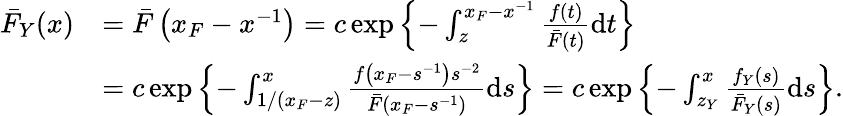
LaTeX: \begin{array}{rl}{\bar{F}_{Y}(x)}&{=\bar{F}\left(x_{F}-x^{-1}\right)=c\exp\left\{ -\int_{z}^{x_{F}-x^{-1}}\frac{f(t)}{\bar{F}(t)}\mathrm{d}t\right\} }\\ &{=c\exp\left\{ -\int_{1/(x_{F}-z)}^{x}\frac{f\left(x_{F}-s^{-1}\right)s^{-2}}{\bar{F}\left(x_{F}-s^{-1}\right)}\mathrm{d}s\right\} =c\exp\left\{ -\int_{z_{Y}}^{x}\frac{f_{Y}(s)}{\bar{F}_{Y}(s)}\mathrm{d}s\right\} .}\end{array}